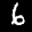
Label: 6